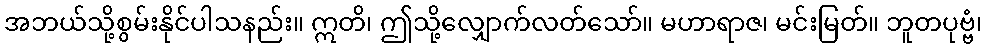
အဘယ်သို့စွမ်းနိုင်ပါသနည်း။ ဣတိ၊ ဤသို့လျှောက်လတ်သော်။ မဟာရာဇ၊ မင်းမြတ်။ ဘူတပုဗ္ဗံ၊